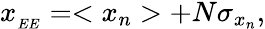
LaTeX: \begin{array}{r}{x_{_{EE}}=<x_{n}>+N\sigma_{x{_n}},}\end{array}